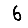
Digit: 6